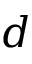
d